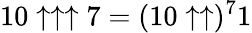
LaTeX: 10\uparrow\uparrow\uparrow 7=(10\uparrow\uparrow)^{7}1